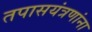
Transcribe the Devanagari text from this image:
तपासयंत्रणांना